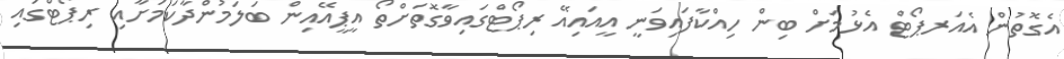
އެގޮތުން އެއަރޕޯޓް އެޅުމަށް ބިން ހިއްކާފައިވަނީ އީއައިއޭ ރިޕޯޓްގައިވާގޮތަށްތޯ އީޕީއޭއިން ބަލަމުންދާކަމަށާއި ރިޕޯޓްގައި